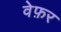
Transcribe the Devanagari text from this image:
वेफ़र